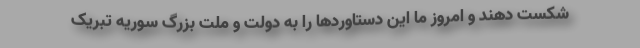
شکست دهند و امروز ما این دستاوردها را به دولت و ملت بزرگ سوریه تبریک